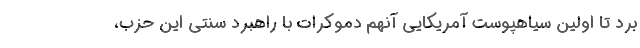
برد تا اولین سیاهپوست آمریکایی آنهم دموکرات با راهبرد سنتی این حزب،